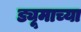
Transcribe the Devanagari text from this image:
ड्यूमाच्या